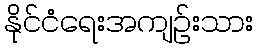
နိုင်ငံရေးအကျဉ်းသား